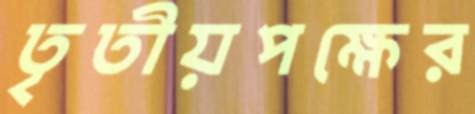
তৃতীয়পক্ষের